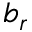
b _ { r }